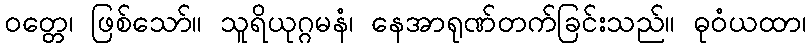
ဝတ္တေ၊ ဖြစ်သော်။ သူရိယုဂ္ဂမနံ၊ နေအာရုဏ်တက်ခြင်းသည်။ ဓုဝံယထာ၊